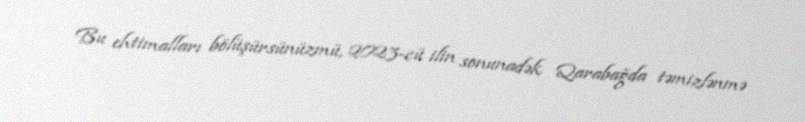
Bu ehtimalları bölüşürsünüzmü, 2023-cü ilin sonunadək Qarabağda təmizlənmə